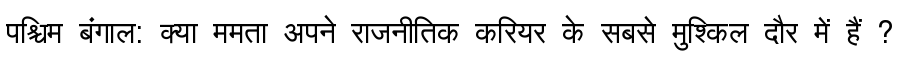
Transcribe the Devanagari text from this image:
पश्चिम बंगाल: क्या ममता अपने राजनीतिक करियर के सबसे मुश्किल दौर में हैं ?